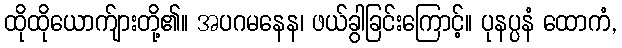
ထိုထိုယောက်ျားတို့၏။ အပဂမနေန၊ ဖယ်ခွါခြင်းကြောင့်။ ပုနပ္ပနံ ထောကံ,